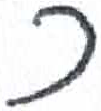
אות: כ